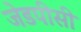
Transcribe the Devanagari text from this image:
जेडपीसी